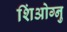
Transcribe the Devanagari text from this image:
शिंओग्नु